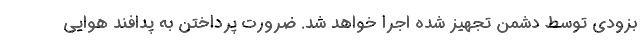
بزودی توسط دشمن تجهیز شده اجرا خواهد شد. ضرورت پرداختن به پدافند هوایی